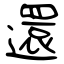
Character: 還